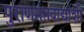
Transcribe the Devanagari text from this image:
पुराणमतवाद्यांशी